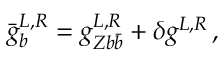
\bar { g } _ { b } ^ { L , R } = g _ { Z b \bar { b } } ^ { L , R } + \delta g ^ { L , R } \, ,